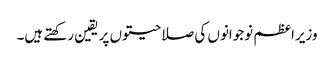
وزیراعظم نوجوانوں کی صلاحیتوں پر یقین رکھتے ہیں۔